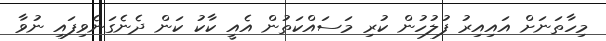
މިހާތަނަށް އައިިއިރު ފުލުހުން ކުރި މަސައްކަތުން އެއީ ކާކު ކަން ދެނެގަނެވިފައި ނުވާ